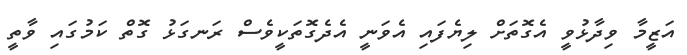
އަޒީމާ ވިދާޅުވީ އެގޮތަށް ލިޔެފައި އެވަނީ އެދެގޮތަކީވެސް ރަނގަޅު ގޮތް ކަމުގައި ވާތީ